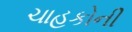
ચાહકોની